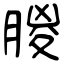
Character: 朡